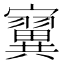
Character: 𪧴